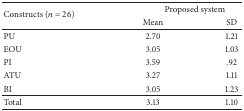
<table><thead><tr><td rowspan="2"><b>Constructs (<i>n</i> = 26)</b></td><td colspan="2"><b> Proposed system</b></td></tr><tr><td><b>Mean</b></td><td><b>SD</b></td></tr></thead><tbody><tr><td>PU</td><td>2.70</td><td>1.21</td></tr><tr><td>EOU</td><td>3.05</td><td>1.03</td></tr><tr><td>PI</td><td>3.59</td><td>.92</td></tr><tr><td>ATU</td><td>3.27</td><td>1.11</td></tr><tr><td>BI</td><td>3.05</td><td>1.23</td></tr><tr><td>Total</td><td>3.13</td><td>1.10</td></tr></tbody></table>